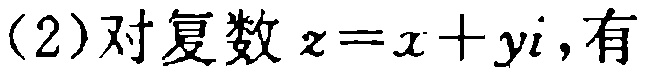
(2)对复数\(z = x + yi\)，有